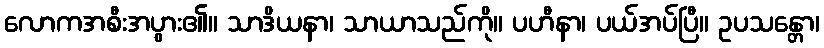
လောကအစီးအပွား၏။ သာဒိယနာ၊ သာယာသည်ကို။ ပဟီနာ၊ ပယ်အပ်ပြီ။ ဥပသန္တော၊